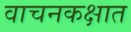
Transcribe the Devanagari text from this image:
वाचनकक्षात